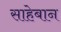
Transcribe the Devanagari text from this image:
साहेबान